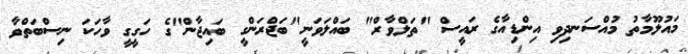
މައުލޫމާތު މުއްސަނދިވި އިންޑިއާގެ ރައީސް "ތަލްވާރް" ބައްލަވަނީ"ބަޖްރަންގީ ބައިޖާން"ގެ ހަގީގީ ވާހަކަ ނިސްބަތްވާ